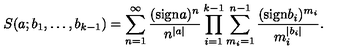
S ( a ; b _ { 1 } , \ldots , b _ { k - 1 } ) = \sum _ { n = 1 } ^ { \infty } \frac { ( \mathrm { s i g n } a ) ^ { n } } { n ^ { | a | } } \prod _ { i = 1 } ^ { k - 1 } \sum _ { m _ { i } = 1 } ^ { n - 1 } \frac { ( \mathrm { s i g n } b _ { i } ) ^ { m _ { i } } } { m _ { i } ^ { | b _ { i } | } } .